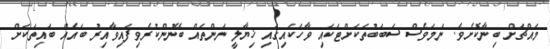
މައްޗަށް ބިނާކޮށެވެ. ނަމަވެސް ސަބަބުތަކަށްޓަކައި ވާހަކައިގައި ޚިޔާލީ ނަންތައް ބޭނުންކުރެވިފައިވާއިރު ބައެއް ބައިތަކަށް